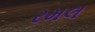
રમલ